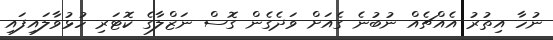
ނުހާ އިތުރު އެއްޗެއް ނުބުނެ ގެއަށް ވަދެގެން ގޮސް ނަޒްލާގެ ކޮޓަރި ހުޅުވާލައިފައި